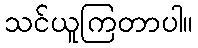
သင်ယူကြတာပါ။